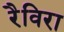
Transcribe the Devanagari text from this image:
रैविरा